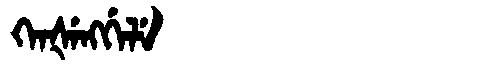
Manchu: ᡴᡝᠨᡧᡝᠩᡤᡝᠯᡝ
Romanization: KENŠENGGELE